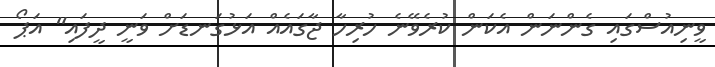
ވީނިއުސްގައި ގެންނަން އެކަން ކުރެވޭނެ ހުރިހާ ޖާގައެއް އަޅުގަނޑަށް ވަނީ ދީފައި" އަޕޯ